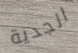
الجدية